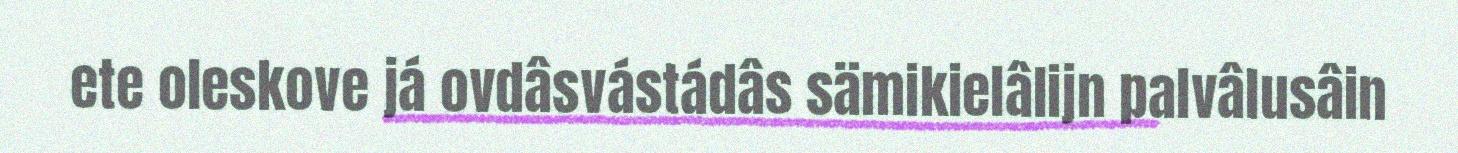
ete oleskove já ovdâsvástádâs sämikielâlijn palvâlusâin